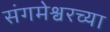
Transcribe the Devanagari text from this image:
संगमेश्वरच्या